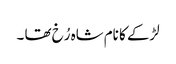
لڑکے کا نام شاہ رُخ تھا ۔